Indian journal of veterinary science and animal husbandry - Volume 5,
Year: 1935
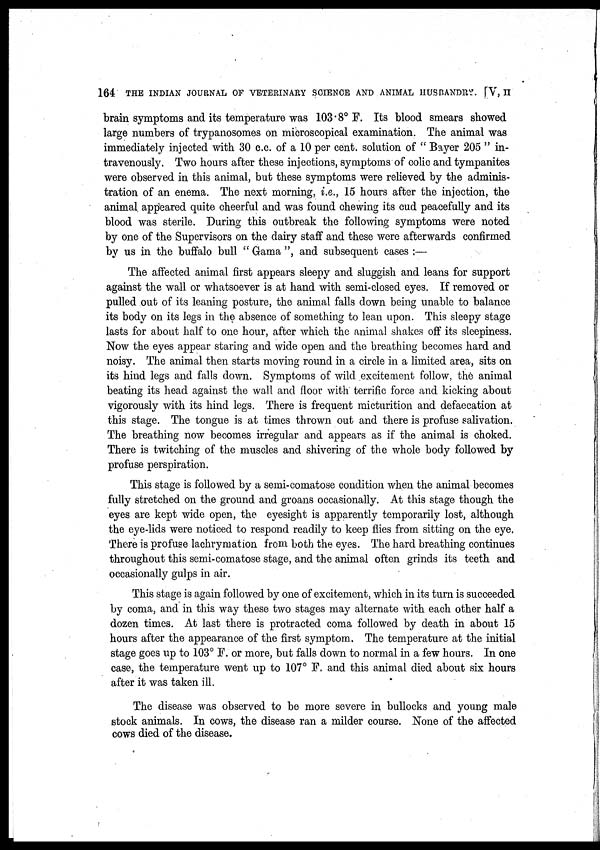
164 THE INDIAN JOURNAL OF VETERINARY SCIENCE AND ANIMAL HUSBANDRY. [V, II
brain symptoms and its temperature was 103.8° F. Its blood smears showed
large numbers of trypanosomes on microscopical examination. The animal was
immediately injected with 30 c.c. of a 10 per cent. solution of " Bayer 205 " in-
travenously. Two hours after these injections, symptoms of colic and tympanites
were observed in this animal, but these symptoms were relieved by the adminis-
tration of an enema. The next morning, i.e., 15 hours after the injection, the
animal appeared quite cheerful and was found chewing its cud peacefully and its
blood was sterile. During this outbreak the following symptoms were noted
by one of the Supervisors on the dairy staff and these were afterwards confirmed
by us in the buffalo bull " Gama ", and subsequent cases :—
The affected animal first appears sleepy and sluggish and leans for support
against the wall or whatsoever is at hand with semi-closed eyes. If removed or
pulled out of its leaning posture, the animal falls down being unable to balance
its body on its legs in the absence of something to lean upon. This sleepy stage
lasts for about half to one hour, after which the animal shakes off its sleepiness.
Now the eyes appear staring and wide open and the breathing becomes hard and
noisy. The animal then starts moving round in a circle in a limited area, sits on
its hind legs and falls down. Symptoms of wild excitement follow, the animal
beating its head against the wall and floor with terrific force and kicking about
vigorously with its hind legs. There is frequent micturition and defaecation at
this stage. The tongue is at times thrown out and there is profuse salivation.
The breathing now becomes irregular and appears as if the animal is choked.
There is twitching of the muscles and shivering of the whole body followed by
profuse perspiration.
This stage is followed by a semi-comatose condition when the animal becomes
fully stretched on the ground and groans occasionally. At this stage though the
eyes are kept wide open, the eyesight is apparently temporarily lost, although
the eye-lids were noticed to respond readily to keep flies from sitting on the eye.
There is profuse lachrymation from both the eyes. The hard breathing continues
throughout this semi-comatose stage, and the animal often grinds its teeth and
occasionally gulps in air.
This stage is again followed by one of excitement, which in its turn is succeeded
by coma, and in this way these two stages may alternate with each other half a
dozen times. At last there is protracted coma followed by death in about 15
hours after the appearance of the first symptom. The temperature at the initial
stage goes up to 103° F. or more, but falls down to normal in a few hours. In one
case, the temperature went up to 107° F. and this animal died about six hours
after it was taken ill.
The disease was observed to be more severe in bullocks and young male
stock animals. In cows, the disease ran a milder course. None of the affected
cows died of the disease.